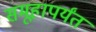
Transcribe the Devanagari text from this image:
समूहापर्यंत